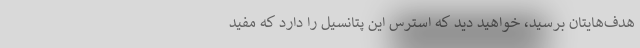
هدف‌هایتان برسید، خواهید دید که استرس این پتانسیل را دارد که مفید